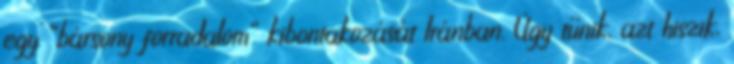
egy “bársony forradalom” kibontakozását Iránban. Úgy tűnik, azt hiszik,